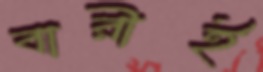
বারীই